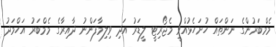
މެމްބަރުންގެ ނަންތައް ހުށަހެޅުއްވީ މެޖޯރިޓީ ލީޑަރު އަދި ވިލިމާފަންނު ދާއިރާގެ މެމްބަރު އަހްމަދު